画像に写った文字を読んでください
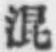
「混」と書いてあります